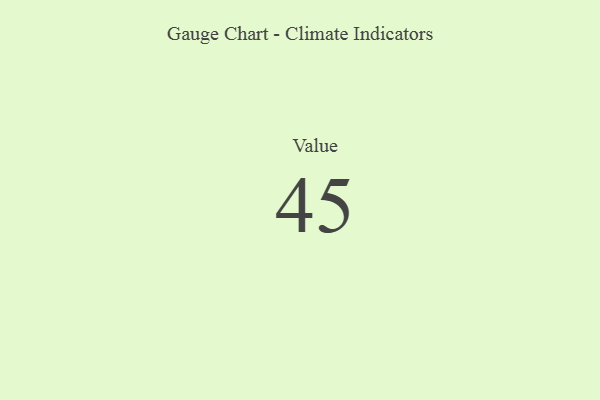
{"axis": {"x": "Metric", "y": "Value"}, "legend": [""], "data": [{"x": "Value", "y": 45, "type": ""}]}